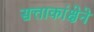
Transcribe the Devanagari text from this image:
सत्ताकांक्षेने